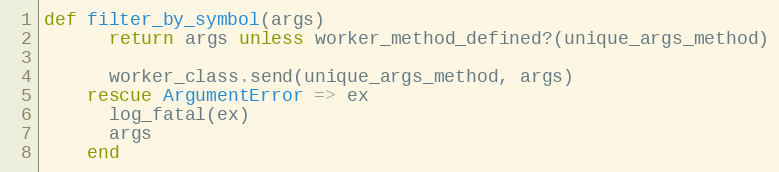
Language: Ruby
def filter_by_symbol(args)
      return args unless worker_method_defined?(unique_args_method)

      worker_class.send(unique_args_method, args)
    rescue ArgumentError => ex
      log_fatal(ex)
      args
    end